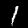
Digit: 1